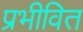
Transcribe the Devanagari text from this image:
प्रभीवित